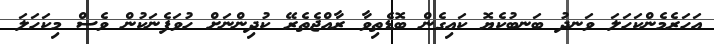
އަހަރެމެންކަހަލަ ވަނދު ބަނބުކެޔޮ ކައިގެން ބޮޑެތިވާ ރާއްޖެތެރޭ ކުދިންނަށް ހުވަފެނަކުން ވެސް މިކަހަލަ